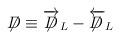
LaTeX: \begin{align*}\not\!\!D\equiv\overrightarrow{\not\!\!D}_{L}-\overleftarrow{\not\!\!D}_{L}\end{align*}